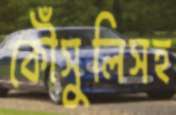
কৌঁসুলিসহ